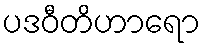
ပဒဝီတိဟာရော